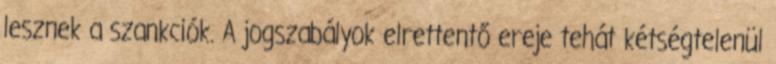
lesznek a szankciók. A jogszabályok elrettentő ereje tehát kétségtelenül